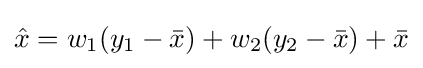
{\hat {x}}=w_{1}(y_{1}-{\bar {x}})+w_{2}(y_{2}-{\bar {x}})+{\bar {x}}